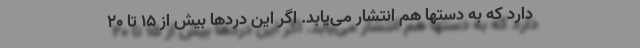
دارد که به دستها هم انتشار می‌یابد. اگر این دردها بیش از ۱۵ تا ۲۰